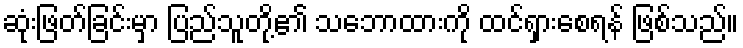
ဆုံးဖြတ်ခြင်းမှာ ပြည်သူတို့၏ သဘောထားကို ထင်ရှားစေရန် ဖြစ်သည်။